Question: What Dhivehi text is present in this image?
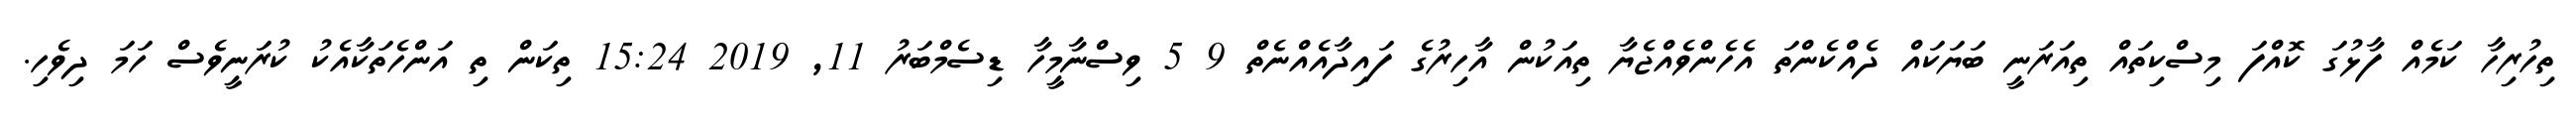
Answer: ތިހުރިހާ ކަމެއް ފާޅުގަ ކޮއްފަ މިސްކިތައް ތިއަރަނީ ބަޔަކައް ދެއްކެންތަ އެހެންވެއްޖެޔާ ތިއަކުން އާހިރުގެ ފައިދާއެއްނެތް 9 5 ވިސްނާމީހާ ޑިސެމްބަރު 11, 2019 15:24 ތިކަން ތި އަންހެތަކާއެކު ކުރަނީވެސް ހަމަ ދިވެހި.